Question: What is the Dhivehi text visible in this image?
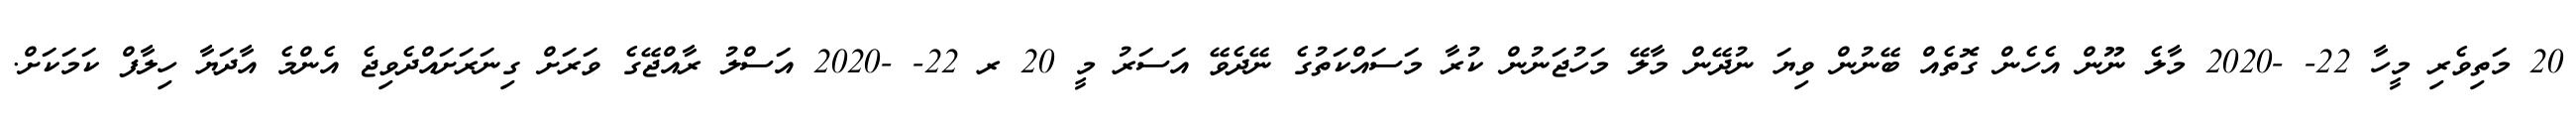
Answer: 20 މަތިވެރި މީހާ 22- -2020 މާލެ ނޫން އެހެން ގޮތެއް ބޭނުން ވިޔަ ނުދޭން މާލޭ މަހުޖަނުން ކުރާ މަސައްކަތުގެ ނޭދެވޭ އަސަރު މީ 20 ރ 22- -2020 އަސްލު ރާއްޖޭގެ ވަރަށް ގިނަރަށައްދެވިޖެ އެންމެ އާދަޔާ ހިލާފް ކަމަކަށް.